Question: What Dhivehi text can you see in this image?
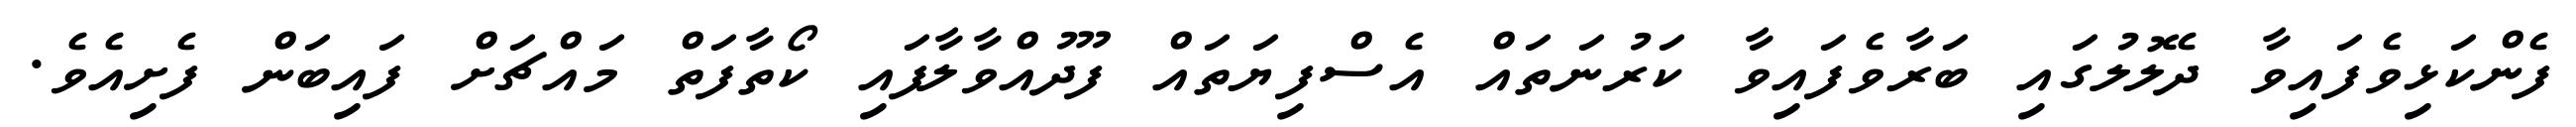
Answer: ފެންކަޅިވެފައިވާ ދެލޮލުގައި ބަރާވެފައިވާ ކަރުނަތައް އެސްފިޔަތައް ފޫދުއްވާލާފައި ކޯތާފަތް މައްޗަށް ފައިބަން ފެށިއެވެ.